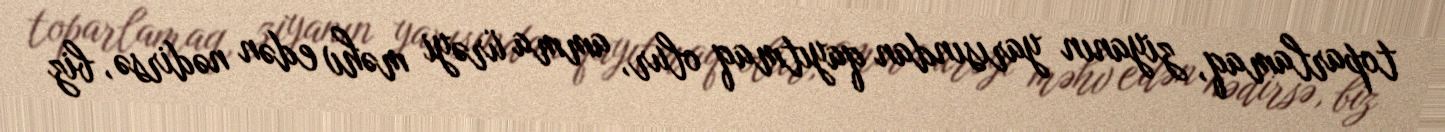
toparlamaq, ziyanın yarısından qayıtmaq olur, amma ürəyi məhv edən nədirsə, biz